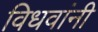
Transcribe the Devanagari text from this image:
विधवांनी